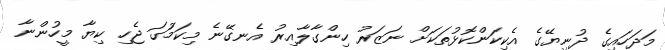
މަދަހައިގެ ދުނިޔޭގެ އެކިކަންކޮޅުތަކަށް ނަޒަރު ހިންގާލާއިރު އެނގޭނެ މިކަމުަގަ ޖެހި ކިޔާ މީހުންނާ